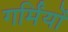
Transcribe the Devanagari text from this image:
गर्मिंयों